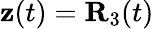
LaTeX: {\mathbf z}(t)={\mathbf R}_{3}(t)